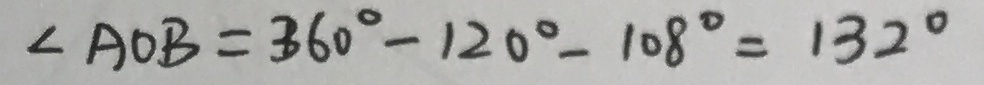
\angle A O B = 3 6 0 ^ { \circ } - 1 2 0 ^ { \circ } - 1 0 8 ^ { \circ } = 1 3 2 ^ { \circ }